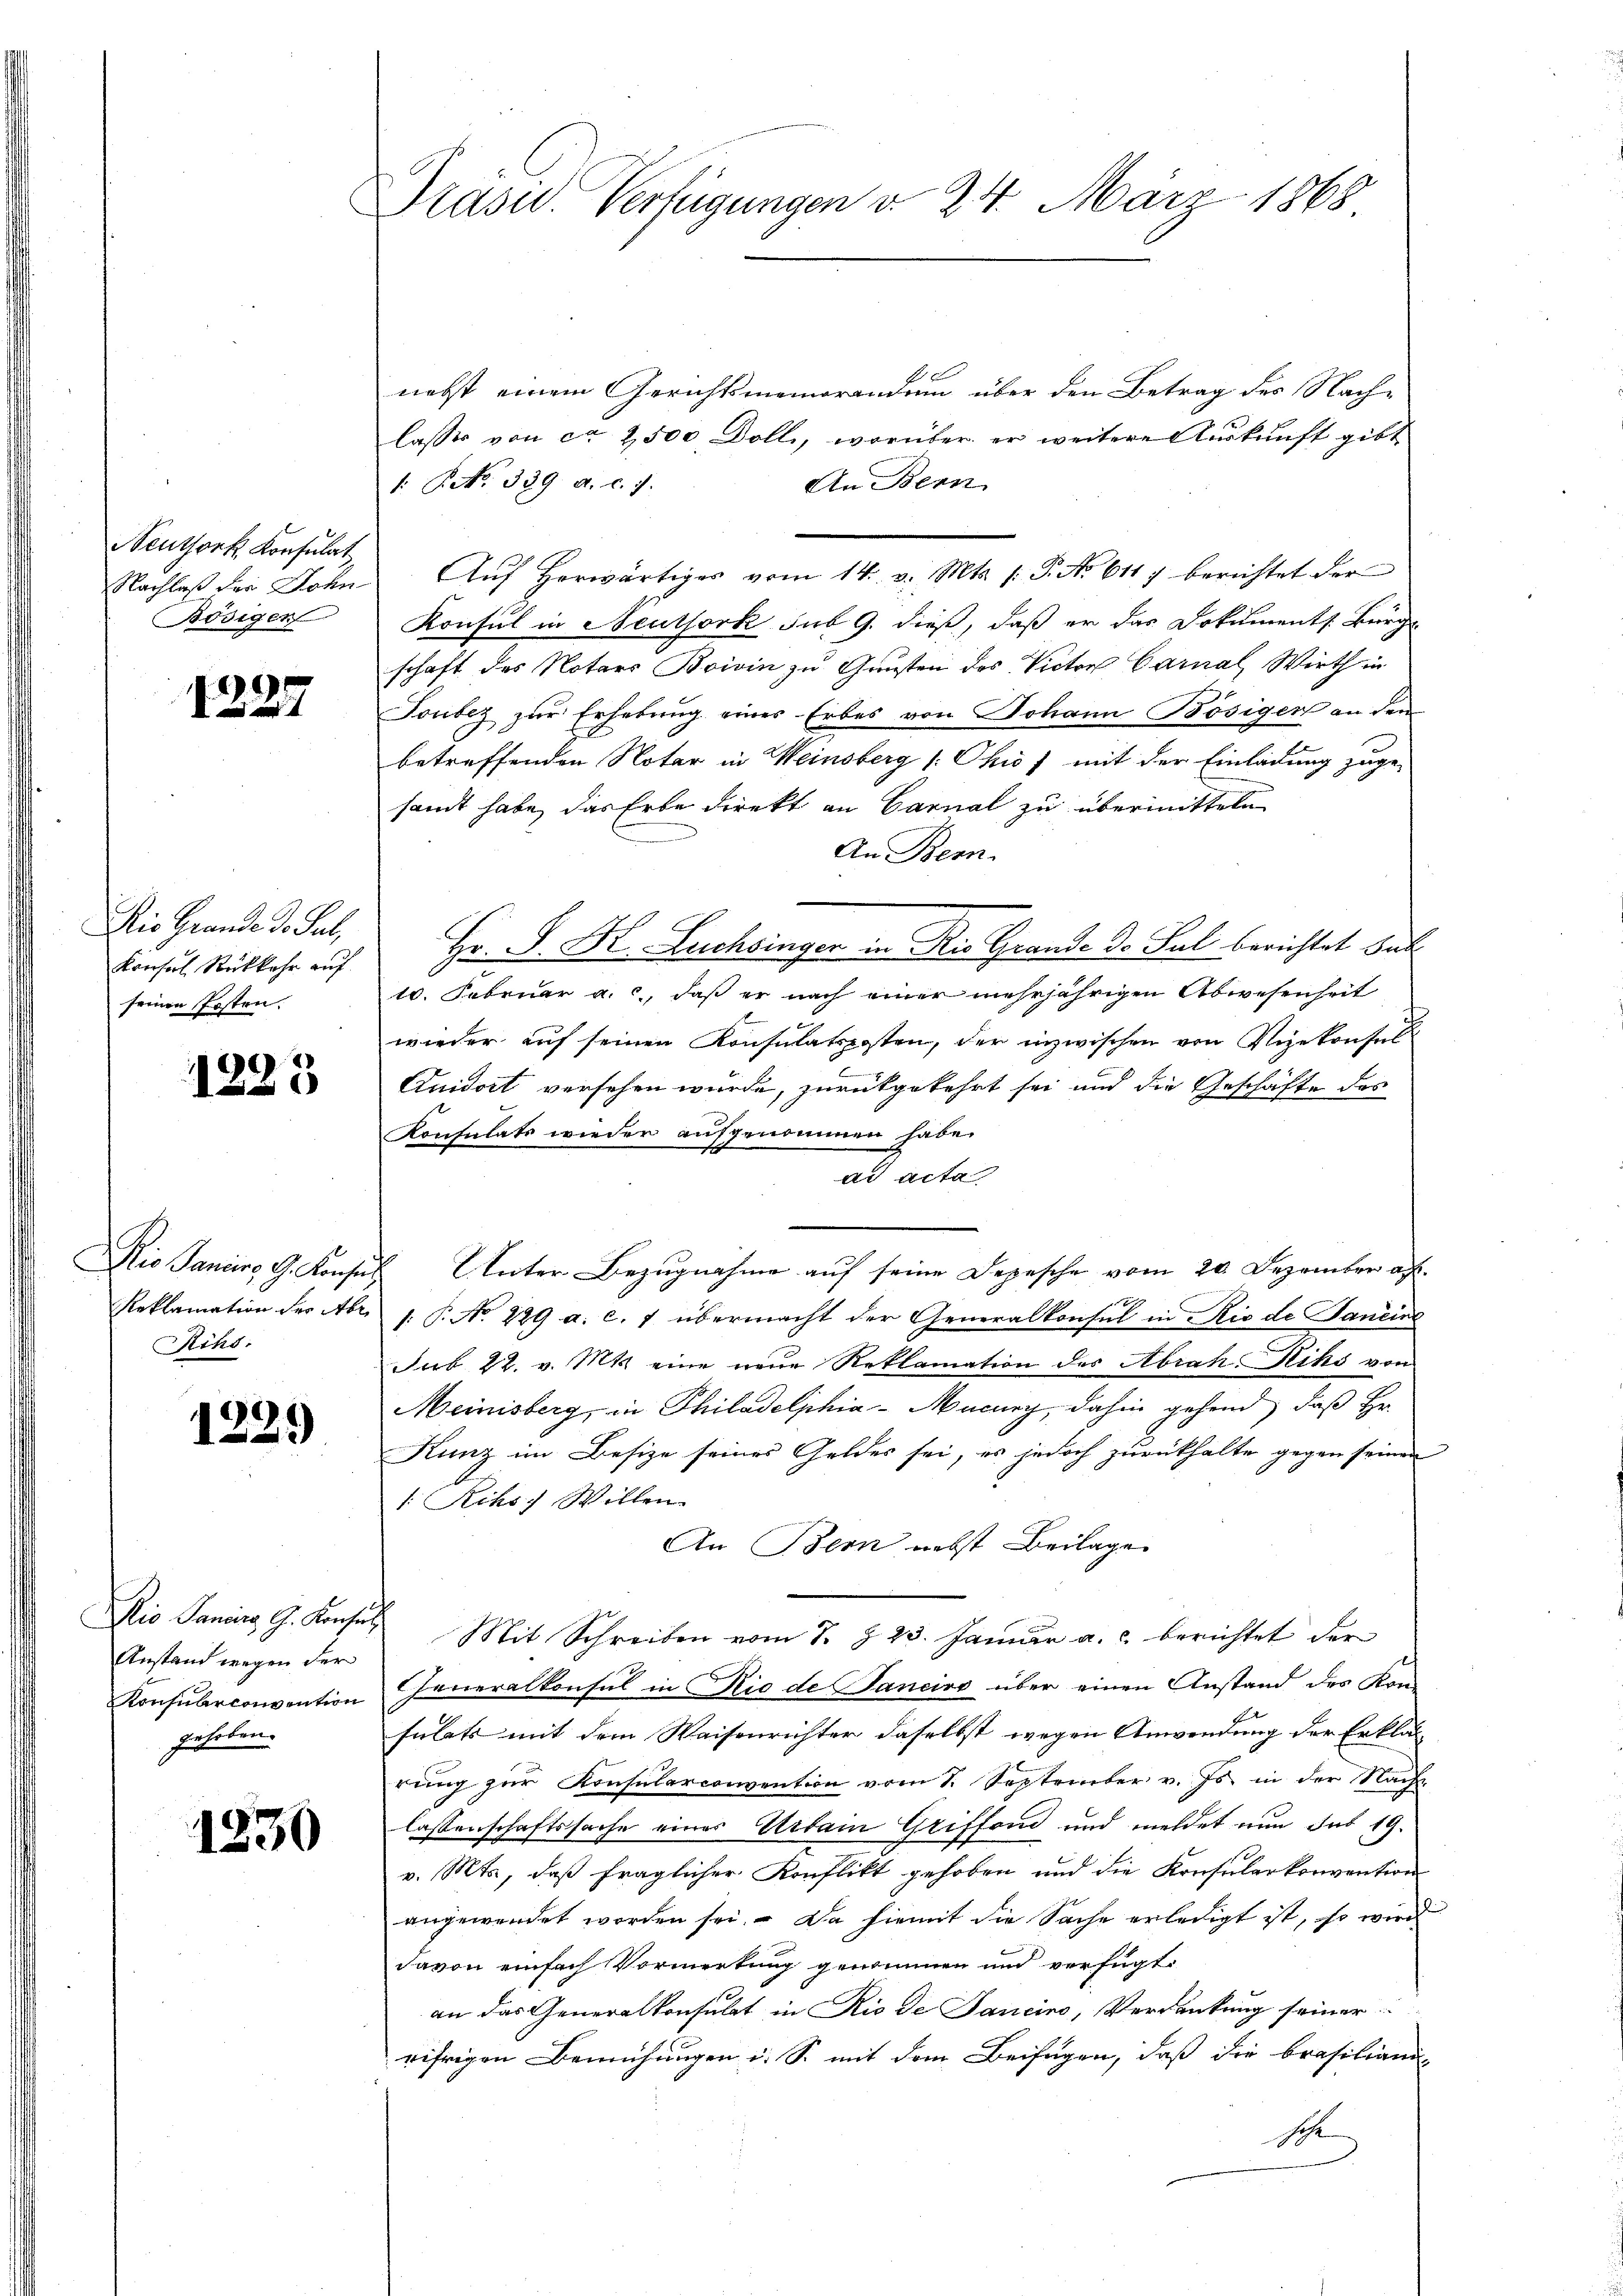
Neuthork Konsulat
Bösigen

9

Die Grande J. Sul,
Konsul Rückkehr auf
seinen Posten.

)

Rihs.

.
29

Anstand wegen der
gehoben.

1230

Drasid. Verfügungen d. 24. März 1868

nebst einem Gerichtsmemorandum über den Betrag des Nachlasser von ca 2500 Dolli, worüber er weitere Auskunft gibt
1. No. 339. a. c. 7.
An Bern
Nachlaβ der John Aŭf herwärtiger vom 14. v. Mts. (: P. No 6117 berichtet der
Konsul in Neuthork sub 9. dieß, daß er das Dokuments. Bürg
schaft des Notars Boivin zu Gunsten des Victor Carnal, Wirth in
Tonbez zur Erhebung eines Erbes von Johann Bösigers an den
betreffenden Notar in Weinsberg (: Ohio, mit der Einladung zuge-
sandt habe, das Erbe direkt an Carnal zu übermitteln
An Bern.
Hr. P. Dr. Luchbinger in Die Grande Do Sul berichtet hat
10. Februar a. c., daß er nach einer mehrjährigen Abwesenheit
wieder auf seinen Konsulatsposten, der inzwischen von Vizekonsul
Quidort versehen wurde, zurückgekehrt sei und die Geschäfte des
Konsulats wieder aufgenommen habe.
ad acta
Rio Janeins G. Konsul Unter Bezugnahme auf seine Depesche vom 20. Dezember a.
187
Reklamation der Abr. 1. P. No. 229 a. c. 7 übermacht der Generalkonsul in Rio de Janein
Sub 22. v. Mts. eine neue Reklamation des Abrah-Kiks von
Meinisberg, in Philadelphia-Mucury, dahin gehend, daß Hr.
Kunz im Besize seines Geldes sei, es jedoch zurückhalte gegen seinen
/. Rcho) Willen
An Bern nebst Beilage
Nio Sanair G. Konses Mit Schreiben vom 7. § 23. Januar a. c. berichtet der
Konsulerconvention Generalkonsul in Ric de Sanciro über einen Anstand des Kansulats mit dem Waisenrichter daselbst wegen Anwendung der Erklär
rung zur Konsularconvention vom 1. September v. Js. in der Nach-
lassenschaftssache eines Urtain Griffond und meldet nun das 19.
v. Mts., daß fraglicher Konflikt gehoben und die Konsularkonvention
angewendet worden sei. Da hiemit die Sache erledigt ist, so wird
davon einfach Vormerkung genommen und verfügt:
an das Generalkonsulat in Rio de Sancino, Verdankung seiner
rifrigen Bemühungen u. S. mit dem Beifügen, daß die Brasiliani
S